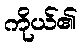
ကိုယ်၏